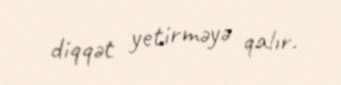
diqqət yetirməyə qalır.